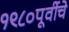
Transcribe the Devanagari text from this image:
१९८०पूर्वीचे